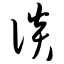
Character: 谈